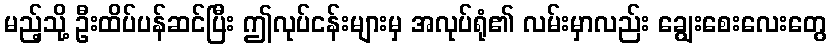
မည့်သို့ ဦးထိပ်ပန်ဆင်ပြီး ဤလုပ်ငန်းများမှ အလုပ်ရုံ၏ လမ်းမှာလည်း ချွေးစေးလေးတွေ